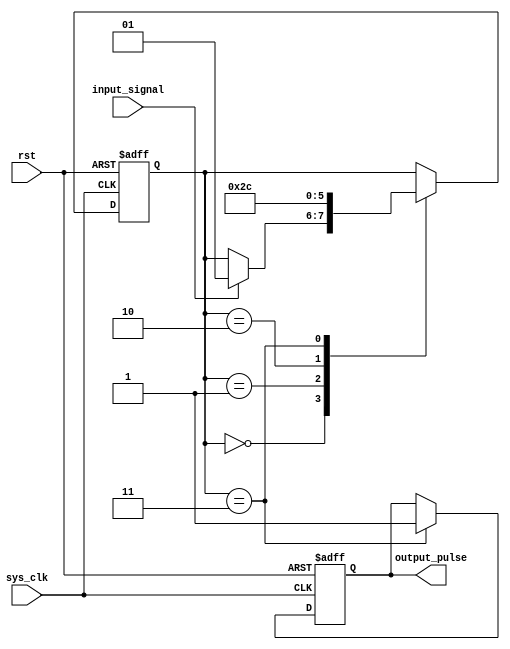
module Asynchronous_Pulse_Generator(
    input wire sys_clk,
    input wire rst,
    input wire input_signal,
    output reg output_pulse
);

reg [1:0] state;

always @(posedge sys_clk or posedge rst) begin
    if (rst) begin
        state <= 2'b00;
        output_pulse <= 1'b0;
    end else begin
        case(state)
            2'b00: begin
                if (input_signal) begin
                    state <= 2'b01;
                end
            end
            2'b01: begin
                state <= 2'b10;
            end
            2'b10: begin
                state <= 2'b11;
            end
            2'b11: begin
                state <= 2'b00;
                output_pulse <= 1'b1;
            end
            default: state <= 2'b00;
        endcase
    end
end

endmodule